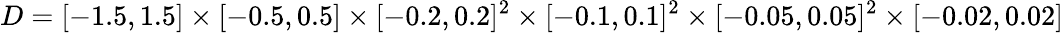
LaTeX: D=[-1.5,1.5]\times[-0.5,0.5]\times[-0.2,0.2]^{2}\times[-0.1,0.1]^{2}\times[-0.05,0.05]^{2}\times[-0.02,0.02]